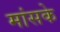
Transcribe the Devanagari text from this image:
मांसके